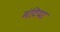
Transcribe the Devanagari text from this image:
मंटिया